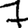
Digit: 7